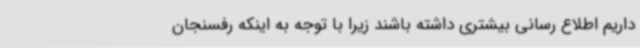
داریم اطلاع رسانی بیشتری داشته باشند زیرا با توجه به اینکه رفسنجان